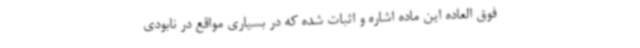
فوق العاده این ماده اشاره و اثبات شده که در بسیاری مواقع در نابودی